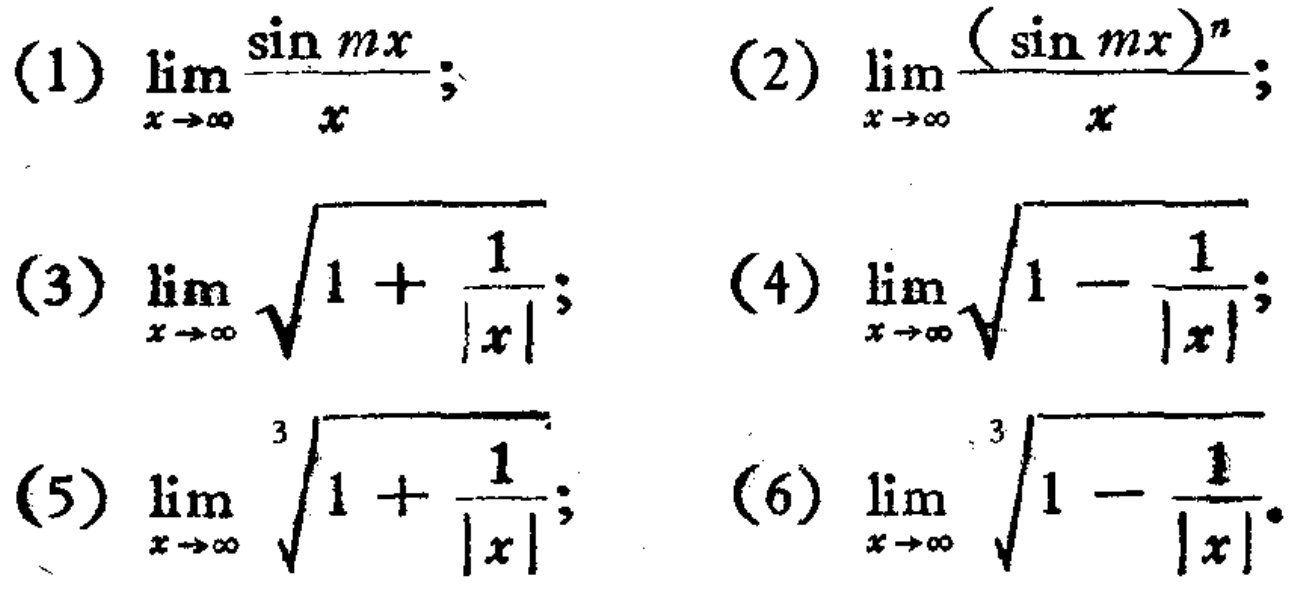
(1) $\lim_{x \to \infty} \frac{\sin mx}{x}$;
(2) $\lim_{x \to \infty} \frac{(\sin mx)^n}{x}$;
(3) $\lim_{x \to \infty} \sqrt{1 + \frac{1}{|x|}}$;
(4) $\lim_{x \to \infty} \sqrt{1 - \frac{1}{|x|}}$;
(5) $\lim_{x \to \infty} \sqrt[3]{1 + \frac{1}{|x|}}$;
(6) $\lim_{x \to \infty} \sqrt[3]{1 - \frac{1}{|x|}}$